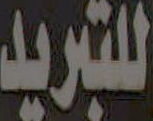
للتبريد